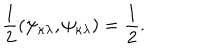
\frac { 1 } { 2 } ( \psi _ { \kappa \lambda } , \psi _ { \kappa \lambda } ) = \frac { 1 } { 2 } .